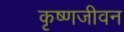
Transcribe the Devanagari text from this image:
कृष्णजीवन